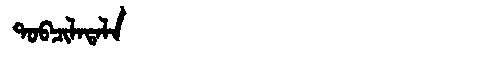
Manchu: ᡨᠣᠪᠴᡳᠯᠠᡨᠠᠯᠠ
Romanization: TOBCILATALA